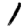
Digit: 1